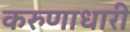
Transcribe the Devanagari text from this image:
करुणाधारी